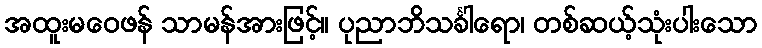
အထူးမဝေဖန် သာမန်အားဖြင့်။ ပုညာဘိသင်္ခါရော၊ တစ်ဆယ့်သုံးပါးသော